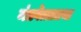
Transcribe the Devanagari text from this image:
मंत्रवेत्तातथा